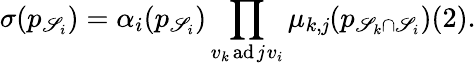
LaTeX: \sigma(p_{\mathscr{S}_{i}})=\alpha_{i}(p_{\mathscr{S}_{i}})\prod_{v_{k}\operatorname{ad\mathit{j}}v_{i}}\mu_{k,\mathit{j}}(p_{\mathscr{S}_{k}\cap\mathscr{S}_{i}})(2).